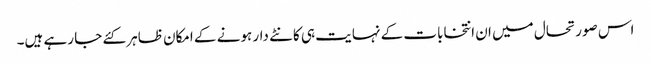
اس صورتحال میں ان انتخابات کے نہایت ہی کانٹے دار ہونے کے امکان ظاہر کئے جا رہے ہیں۔